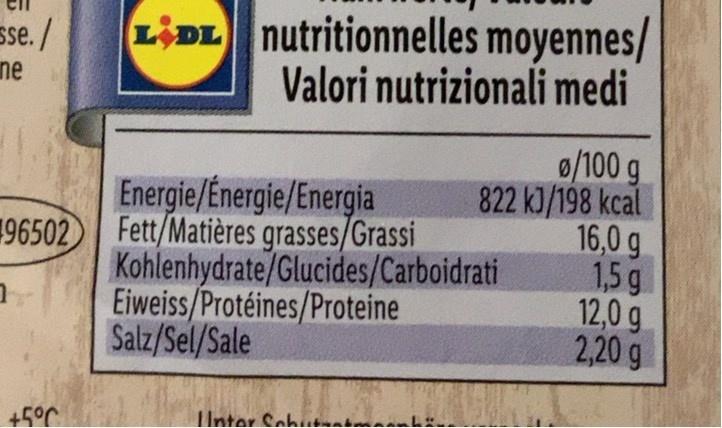
sse./ ne
LIDL nutritionnelles moyennes/ Valori nutrizionali medi
0/100 g 822 kJ/198 kcal 16,0 g 1,5g 12,0 g 2,20 g
Energie/Energie/Energia Fett/Matières grasses/Grassi
196502 Kohlenhydrate/Glucides/Carboidrati Eiweiss/Protéines/Proteine Salz/Sel/Sale
45°C
IUnter Sch